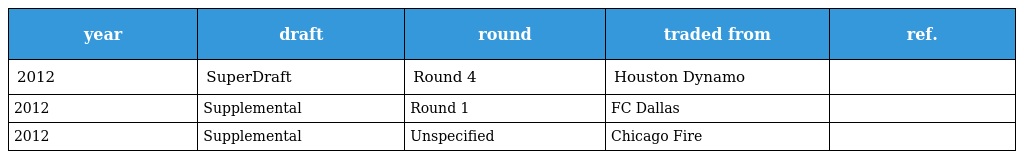
| year | draft | round | traded from | ref. |
 | --- | --- | --- | --- | --- |
 | 2012 | SuperDraft | Round 4 | Houston Dynamo |  |
 | 2012 | Supplemental | Round 1 | FC Dallas |  |
 | 2012 | Supplemental | Unspecified | Chicago Fire |  |